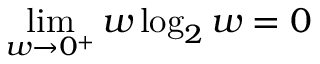
\operatorname* { l i m } _ { w \to 0 ^ { + } } w \log _ { 2 } w = 0